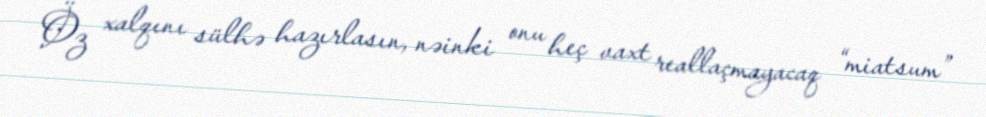
Öz xalqını sülhə hazırlasın, nəinki onu heç vaxt reallaçmayacaq “miatsum”